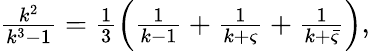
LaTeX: \begin{array}{r}{\frac{k^{2}}{k^{3}-1}=\frac{1}{3}\left(\frac{1}{k-1}+\frac{1}{k+\varsigma}+\frac{1}{k+\bar{\varsigma}}\right),}\end{array}